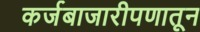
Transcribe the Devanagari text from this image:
कर्जबाजारीपणातून